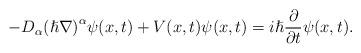
LaTeX: \begin{align*}{-D}_{\alpha{}}{(\hslash{}\nabla{})}^{\alpha{}}\psi(x,t)+V(x,t)\psi(x,t)=i\hslash{}\frac{\partial{}}{\partial{}t}\psi(x,t).\end{align*}